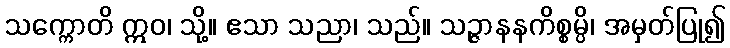
သက္ကောတိ ဣဝ၊ သို့။ ဧသာ သညာ၊ သည်။ သဉ္ဇာနနကိစ္စမ္ပိ၊ အမှတ်ပြု၍